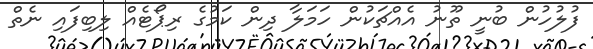
ފުލުހުން ބުނީ ތޫނު އެއްޗަކުން ހަމަލާ ދިން ކަމުގެ ރިޕޯޓެއް ލިބިފައި ނެތް